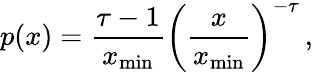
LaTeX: p(x)=\frac{\tau-1}{x_{\mathrm{min}}}\left(\frac{x}{x_{\mathrm{min}}}\right)^{-\tau}\, ,